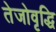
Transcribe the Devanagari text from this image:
तेजोवृद्धि